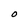
Character: O